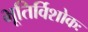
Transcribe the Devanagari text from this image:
भूतिर्विशोकः